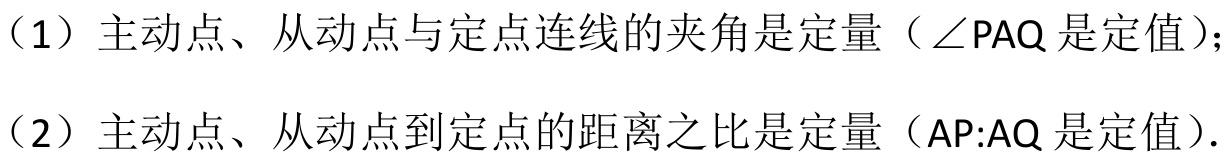
（1）主动点、从动点与定点连线的夹角是定量（\(\angle PAQ\)是定值）；
（2）主动点、从动点到定点的距离之比是定量（\(AP:AQ\)是定值）.